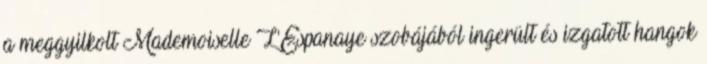
a meggyilkolt Mademoiselle L'Espanaye szobájából ingerült és izgatott hangok